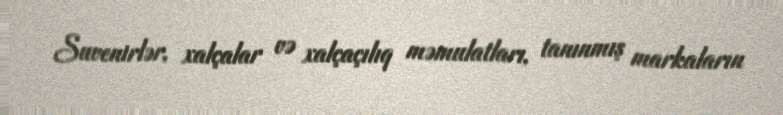
Suvenirlər, xalçalar və xalçaçılıq məmulatları, tanınmış markaların